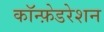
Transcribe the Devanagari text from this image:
कॉन्फ़ेडरेशन